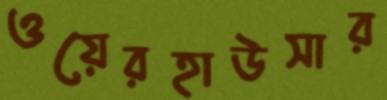
ওয়েরহাউসার